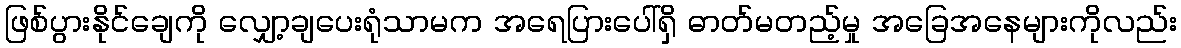
ဖြစ်ပွားနိုင်ချေကို လျှော့ချပေးရုံသာမက အရေပြားပေါ်ရှိ ဓာတ်မတည့်မှု အခြေအနေများကိုလည်း